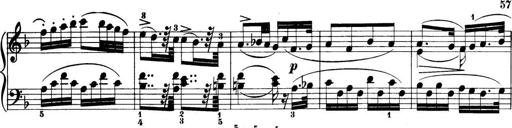
Title: 32 Sonatinas and Rondos for the Piano
Composer: Richard Kleinmichel